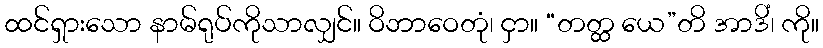
ထင်ရှားသော နာမ်ရုပ်ကိုသာလျှင်။ ဝိဘာဝေတုံ၊ ငှာ။ “တတ္ထ ယေ”တိ အာဒိံ၊ ကို။